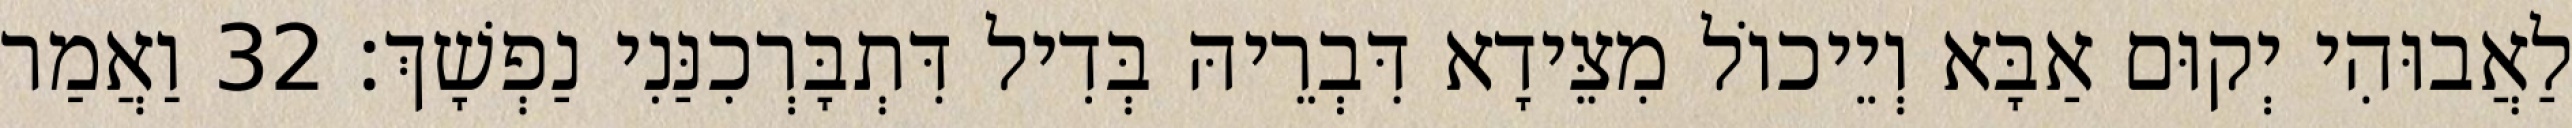
לַאֲבוּהִי יְקוּם אַבָּא וְיֵיכוֹל מִצֵּידָא דִּבְרֵיהּ בְּדִיל דִּתְבָּרְכִנַּנִי נַפְשָׁךְ׃ 32 וַאֲמַר